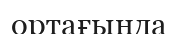
ортағында